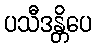
ပသီဒန္တိပေ